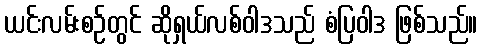
ယင်းလမ်းစဉ်တွင် ဆိုရှယ်လစ်ဝါဒသည် စံပြဝါဒ ဖြစ်သည်။